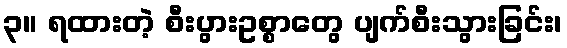
၃။ ရထားတဲ့ စီးပွားဥစ္စာတွေ ပျက်စီးသွားခြင်း၊